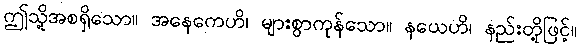
ဤသို့အစရှိသော။ အနေကေဟိ၊ များစွာကုန်သော။ နယေဟိ၊ နည်းတို့ဖြင့်။